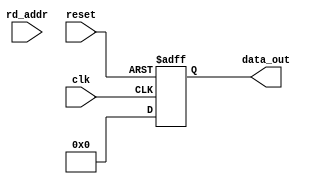
`timescale 1ns/1ps
`ifdef FPGA
	`include "config.vh"
`endif

module bufferM #(

	parameter addrLen = 10,
	parameter dataLen = 32,
	parameter peId = 0

	)(
	clk,
	reset,

	rd_addr,

	data_out
);

	//--------------------------------------------------------------------------------------

	//--------------------------------------------------------------------------------------

	//--------------------------------------------------------------------------------------
	input clk;
	input reset;

	input [ addrLen - 1 : 0 ] rd_addr;

	output reg [ dataLen - 1 : 0 ] data_out;
	//--------------------------------------------------------------------------------------
reg [dataLen-1:0] rdata;
wire [addrLen-1:0] address;
assign address = rd_addr;

always @(posedge clk or posedge reset) begin
    if(reset)
        data_out <= {dataLen{1'b0}};
    else
	   data_out <= rdata;
end
/******************************************************/
generate
if(peId == 0) begin
	always @(*) begin
		case(address)
			default : rdata = 16'b0000000000000000;
		endcase
	end
end

if(peId == 1) begin
	always @(*) begin
		case(address)
			12'd0 : rdata = 16'b0000000000000001;
			default : rdata = 16'b0000000000000000;
		endcase
	end
end

if(peId == 2) begin
	always @(*) begin
		case(address)
			12'd0 : rdata = 16'b0000000000000001;
			default : rdata = 16'b0000000000000000;
		endcase
	end
end

if(peId == 3) begin
	always @(*) begin
		case(address)
			12'd0 : rdata = 16'b0000000000000001;
			default : rdata = 16'b0000000000000000;
		endcase
	end
end

if(peId == 4) begin
	always @(*) begin
		case(address)
			12'd0 : rdata = 16'b0000000000000001;
			default : rdata = 16'b0000000000000000;
		endcase
	end
end

if(peId == 5) begin
	always @(*) begin
		case(address)
			12'd0 : rdata = 16'b0000000000000001;
			default : rdata = 16'b0000000000000000;
		endcase
	end
end

if(peId == 6) begin
	always @(*) begin
		case(address)
			12'd0 : rdata = 16'b0000000000000001;
			default : rdata = 16'b0000000000000000;
		endcase
	end
end

if(peId == 7) begin
	always @(*) begin
		case(address)
			12'd0 : rdata = 16'b0000000000000001;
			default : rdata = 16'b0000000000000000;
		endcase
	end
end

if(peId == 8) begin
	always @(*) begin
		case(address)
			default : rdata = 16'b0000000000000000;
		endcase
	end
end

if(peId == 9) begin
	always @(*) begin
		case(address)
			default : rdata = 16'b0000000000000000;
		endcase
	end
end

if(peId == 10) begin
	always @(*) begin
		case(address)
			12'd0 : rdata = 16'b0000000000000001;
			default : rdata = 16'b0000000000000000;
		endcase
	end
end

if(peId == 11) begin
	always @(*) begin
		case(address)
			12'd0 : rdata = 16'b0000000000000001;
			default : rdata = 16'b0000000000000000;
		endcase
	end
end

if(peId == 12) begin
	always @(*) begin
		case(address)
			12'd0 : rdata = 16'b0000000000000001;
			default : rdata = 16'b0000000000000000;
		endcase
	end
end

if(peId == 13) begin
	always @(*) begin
		case(address)
			12'd0 : rdata = 16'b0000000000000001;
			default : rdata = 16'b0000000000000000;
		endcase
	end
end

if(peId == 14) begin
	always @(*) begin
		case(address)
			12'd0 : rdata = 16'b0000000000000001;
			default : rdata = 16'b0000000000000000;
		endcase
	end
end

if(peId == 15) begin
	always @(*) begin
		case(address)
			12'd0 : rdata = 16'b0000000000000001;
			default : rdata = 16'b0000000000000000;
		endcase
	end
end

if(peId == 16) begin
	always @(*) begin
		case(address)
			default : rdata = 16'b0000000000000000;
		endcase
	end
end

if(peId == 17) begin
	always @(*) begin
		case(address)
			12'd0 : rdata = 16'b0000000000000001;
			default : rdata = 16'b0000000000000000;
		endcase
	end
end

if(peId == 18) begin
	always @(*) begin
		case(address)
			12'd0 : rdata = 16'b0000000000000001;
			default : rdata = 16'b0000000000000000;
		endcase
	end
end

if(peId == 19) begin
	always @(*) begin
		case(address)
			12'd0 : rdata = 16'b0000000000000001;
			default : rdata = 16'b0000000000000000;
		endcase
	end
end

if(peId == 20) begin
	always @(*) begin
		case(address)
			12'd0 : rdata = 16'b0000000000000001;
			default : rdata = 16'b0000000000000000;
		endcase
	end
end

if(peId == 21) begin
	always @(*) begin
		case(address)
			12'd0 : rdata = 16'b0000000000000001;
			default : rdata = 16'b0000000000000000;
		endcase
	end
end

if(peId == 22) begin
	always @(*) begin
		case(address)
			12'd0 : rdata = 16'b0000000000000001;
			default : rdata = 16'b0000000000000000;
		endcase
	end
end

if(peId == 23) begin
	always @(*) begin
		case(address)
			12'd0 : rdata = 16'b0000000000000001;
			default : rdata = 16'b0000000000000000;
		endcase
	end
end

if(peId == 24) begin
	always @(*) begin
		case(address)
			default : rdata = 16'b0000000000000000;
		endcase
	end
end

if(peId == 25) begin
	always @(*) begin
		case(address)
			12'd0 : rdata = 16'b0000000000000001;
			default : rdata = 16'b0000000000000000;
		endcase
	end
end

if(peId == 26) begin
	always @(*) begin
		case(address)
			default : rdata = 16'b0000000000000000;
		endcase
	end
end

if(peId == 27) begin
	always @(*) begin
		case(address)
			default : rdata = 16'b0000000000000000;
		endcase
	end
end

if(peId == 28) begin
	always @(*) begin
		case(address)
			default : rdata = 16'b0000000000000000;
		endcase
	end
end

if(peId == 29) begin
	always @(*) begin
		case(address)
			default : rdata = 16'b0000000000000000;
		endcase
	end
end

if(peId == 30) begin
	always @(*) begin
		case(address)
			default : rdata = 16'b0000000000000000;
		endcase
	end
end

if(peId == 31) begin
	always @(*) begin
		case(address)
			default : rdata = 16'b0000000000000000;
		endcase
	end
end

if(peId == 32) begin
	always @(*) begin
		case(address)
			default : rdata = 16'b0000000000000000;
		endcase
	end
end

if(peId == 33) begin
	always @(*) begin
		case(address)
			default : rdata = 16'b0000000000000000;
		endcase
	end
end

if(peId == 34) begin
	always @(*) begin
		case(address)
			default : rdata = 16'b0000000000000000;
		endcase
	end
end

if(peId == 35) begin
	always @(*) begin
		case(address)
			default : rdata = 16'b0000000000000000;
		endcase
	end
end

if(peId == 36) begin
	always @(*) begin
		case(address)
			default : rdata = 16'b0000000000000000;
		endcase
	end
end

if(peId == 37) begin
	always @(*) begin
		case(address)
			default : rdata = 16'b0000000000000000;
		endcase
	end
end

if(peId == 38) begin
	always @(*) begin
		case(address)
			default : rdata = 16'b0000000000000000;
		endcase
	end
end

if(peId == 39) begin
	always @(*) begin
		case(address)
			default : rdata = 16'b0000000000000000;
		endcase
	end
end

if(peId == 40) begin
	always @(*) begin
		case(address)
			default : rdata = 16'b0000000000000000;
		endcase
	end
end

if(peId == 41) begin
	always @(*) begin
		case(address)
			default : rdata = 16'b0000000000000000;
		endcase
	end
end

if(peId == 42) begin
	always @(*) begin
		case(address)
			default : rdata = 16'b0000000000000000;
		endcase
	end
end

if(peId == 43) begin
	always @(*) begin
		case(address)
			default : rdata = 16'b0000000000000000;
		endcase
	end
end

if(peId == 44) begin
	always @(*) begin
		case(address)
			default : rdata = 16'b0000000000000000;
		endcase
	end
end

if(peId == 45) begin
	always @(*) begin
		case(address)
			default : rdata = 16'b0000000000000000;
		endcase
	end
end

if(peId == 46) begin
	always @(*) begin
		case(address)
			default : rdata = 16'b0000000000000000;
		endcase
	end
end

if(peId == 47) begin
	always @(*) begin
		case(address)
			default : rdata = 16'b0000000000000000;
		endcase
	end
end

if(peId == 48) begin
	always @(*) begin
		case(address)
			default : rdata = 16'b0000000000000000;
		endcase
	end
end

if(peId == 49) begin
	always @(*) begin
		case(address)
			default : rdata = 16'b0000000000000000;
		endcase
	end
end

if(peId == 50) begin
	always @(*) begin
		case(address)
			default : rdata = 16'b0000000000000000;
		endcase
	end
end

if(peId == 51) begin
	always @(*) begin
		case(address)
			default : rdata = 16'b0000000000000000;
		endcase
	end
end

if(peId == 52) begin
	always @(*) begin
		case(address)
			default : rdata = 16'b0000000000000000;
		endcase
	end
end

if(peId == 53) begin
	always @(*) begin
		case(address)
			default : rdata = 16'b0000000000000000;
		endcase
	end
end

if(peId == 54) begin
	always @(*) begin
		case(address)
			default : rdata = 16'b0000000000000000;
		endcase
	end
end

if(peId == 55) begin
	always @(*) begin
		case(address)
			default : rdata = 16'b0000000000000000;
		endcase
	end
end

if(peId == 56) begin
	always @(*) begin
		case(address)
			default : rdata = 16'b0000000000000000;
		endcase
	end
end

if(peId == 57) begin
	always @(*) begin
		case(address)
			default : rdata = 16'b0000000000000000;
		endcase
	end
end

if(peId == 58) begin
	always @(*) begin
		case(address)
			default : rdata = 16'b0000000000000000;
		endcase
	end
end

if(peId == 59) begin
	always @(*) begin
		case(address)
			default : rdata = 16'b0000000000000000;
		endcase
	end
end

if(peId == 60) begin
	always @(*) begin
		case(address)
			default : rdata = 16'b0000000000000000;
		endcase
	end
end

if(peId == 61) begin
	always @(*) begin
		case(address)
			default : rdata = 16'b0000000000000000;
		endcase
	end
end

if(peId == 62) begin
	always @(*) begin
		case(address)
			default : rdata = 16'b0000000000000000;
		endcase
	end
end

if(peId == 63) begin
	always @(*) begin
		case(address)
			default : rdata = 16'b0000000000000000;
		endcase
	end
end

endgenerate
/******************************************************/
endmodule